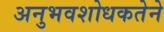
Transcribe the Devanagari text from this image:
अनुभवशोधकतेने